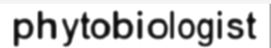
phytobiologist